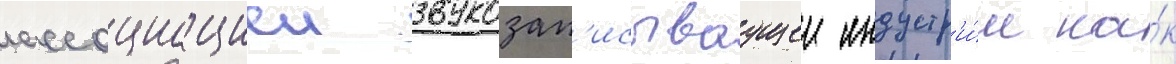
ассоциациеи звукозап'исываущеи индустр'и́и ка́к